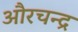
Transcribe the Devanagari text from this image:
औरचन्द्र